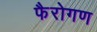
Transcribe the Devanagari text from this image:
फैरोगण